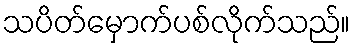
သပိတ်မှောက်ပစ်လိုက်သည်။